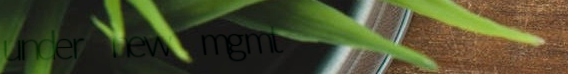
under new mgmt